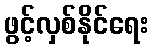
ဖွင့်လှစ်နိုင်ရေး